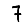
Digit: 7